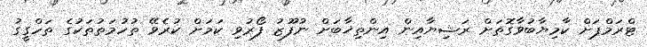
ޓްރަމްޕަށް ކާމިޔާބުވާގޮތަށް ރަޝިޔާއިން އިންތިޚާބަށް ނުފޫޒު ފޯރުވި ކަމަށް ކުރެވޭ ތުހުމަތުތަކުގެ ތަހްގީގު